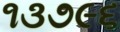
૧૩૭૯૬